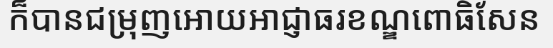
ក៏បានជម្រុញអោយអាជ្ញាធរខណ្ឌពោធិសែន